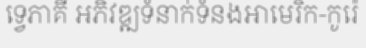
ទ្វេភាគី អភិវឌ្ឍទំនាក់ទំនងអាមេរិក-កូរ៉េ